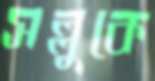
সল্লুকে